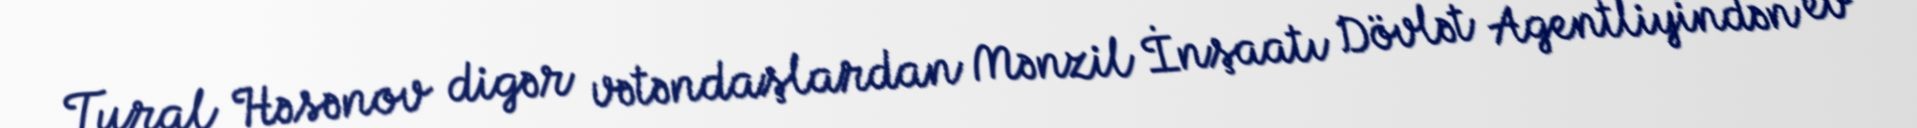
Tural Həsənov digər vətəndaşlardan Mənzil İnşaatı Dövlət Agentliyindən ev